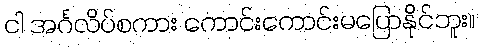
ငါ အင်္ဂလိပ်စကား ကောင်းကောင်းမပြောနိုင်ဘူး။